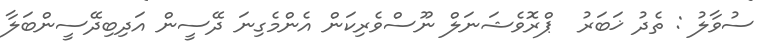
ސުވާލު : ތެދު ޚަބަރު  ޕްރޮވެޝަނަލް ނޫސްވެރިކަން އެންމެގިނަ ދޭސީން އަދިބިދޭސީންބަލާ